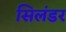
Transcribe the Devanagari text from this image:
सिलंडर